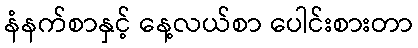
နံနက်စာနှင့် နေ့လယ်စာ ပေါင်းစားတာ